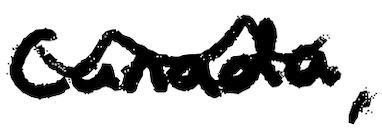
Text: Canada,
Cross-out: wave
Writing tool: digital_black